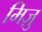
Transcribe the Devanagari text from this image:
मिज़ु